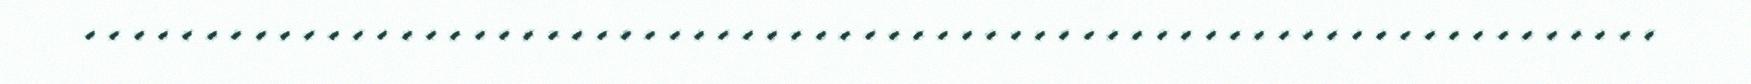
.................................................................